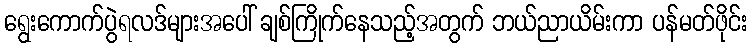
ရွေးကောက်ပွဲရလဒ်များအပေါ် ချစ်ကြိုက်နေသည့်အတွက် ဘယ်ညာယိမ်းကာ ပန်မတ်ဖိုင်း